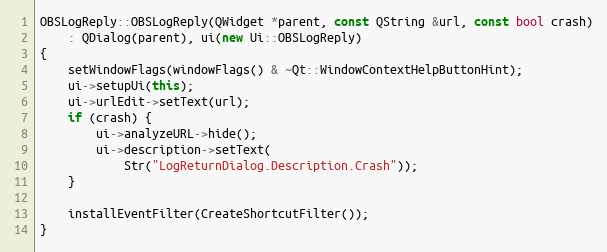
Language: C++
OBSLogReply::OBSLogReply(QWidget *parent, const QString &url, const bool crash)
	: QDialog(parent), ui(new Ui::OBSLogReply)
{
	setWindowFlags(windowFlags() & ~Qt::WindowContextHelpButtonHint);
	ui->setupUi(this);
	ui->urlEdit->setText(url);
	if (crash) {
		ui->analyzeURL->hide();
		ui->description->setText(
			Str("LogReturnDialog.Description.Crash"));
	}

	installEventFilter(CreateShortcutFilter());
}